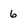
Character: 6